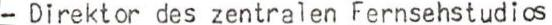
- Direktor des zentralen Fernsehstudios